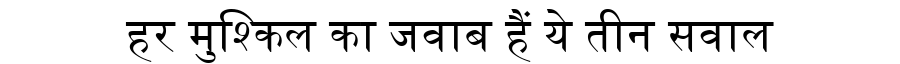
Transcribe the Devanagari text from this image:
हर मुश्किल का जवाब हैं ये तीन सवाल